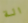
الة